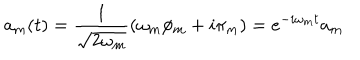
a _ { m } ( t ) = \frac { 1 } { \sqrt { 2 \omega _ { m } } } ( \omega _ { m } \phi _ { m } + i \pi _ { m } ) = e ^ { - i \omega _ { m } t } a _ { m }